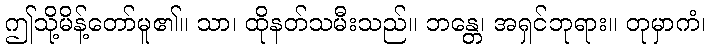
ဤသို့မိန့်တော်မူ၏။ သာ၊ ထိုနတ်သမီးသည်။ ဘန္တေ၊ အရှင်ဘုရား။ တုမှာကံ၊